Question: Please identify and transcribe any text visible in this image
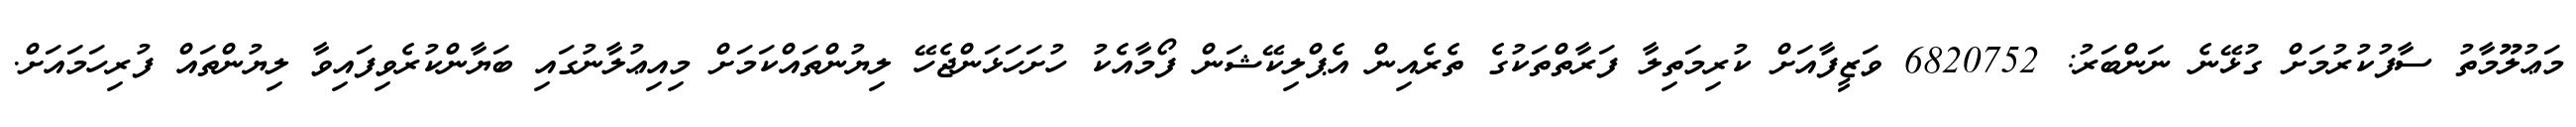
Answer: މަޢުލޫމާތު ސާފުކުރުމަށް ގުޅޭނެ ނަންބަރު: 6820752 ވަޒީފާއަށް ކުރިމަތިލާ ފަރާތްތަކުގެ ތެރެއިން އެޕްލިކޭޝަން ފޯމާއެކު ހުށަހަޅަންޖެހޭ ލިޔުންތައްކަމަށް މިއިޢުލާނުގައި ބަޔާންކުރެވިފައިވާ ލިޔުންތައް ފުރިހަމައަށް.